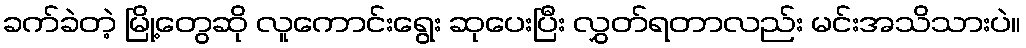
ခက်ခဲတဲ့ မြို့တွေဆို လူကောင်းရွေး ဆုပေးပြီး လွှတ်ရတာလည်း မင်းအသိသားပဲ။